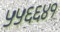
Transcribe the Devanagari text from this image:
५५६६४१